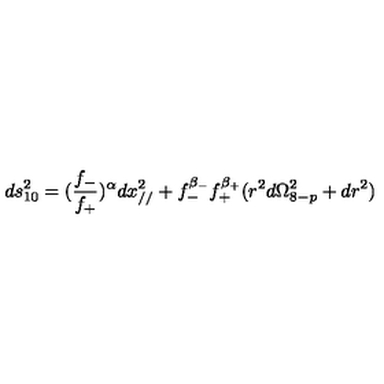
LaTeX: d s _ { 1 0 } ^ { 2 } = ( \frac { f _ { - } } { f _ { + } } ) ^ { \alpha } d x _ { / / } ^ { 2 } + f _ { - } ^ { \beta _ { - } } f _ { + } ^ { \beta _ { + } } ( r ^ { 2 } d \Omega _ { 8 - p } ^ { 2 } + d r ^ { 2 } )